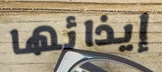
إيذائها